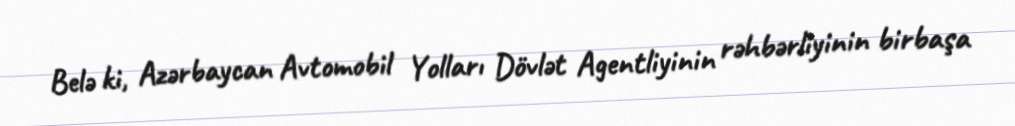
Belə ki, Azərbaycan Avtomobil Yolları Dövlət Agentliyinin rəhbərliyinin birbaşa